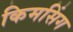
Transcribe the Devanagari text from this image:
किमसिंग